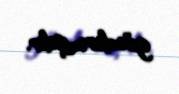
göndərmişdir.